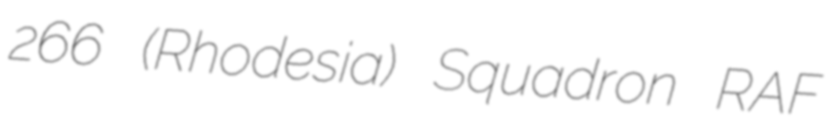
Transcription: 266 (Rhodesia) Squadron RAF